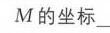
$M$的坐标\_